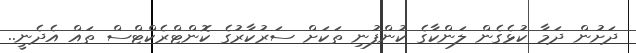
ދަށުން ދަމާ ކުޅެގެން ލަންކާގެ ކުންފުނި ތަކަށް ސަރުކާރުގެ ކޮންޓްރެކްޓްސް ތައް އެދެނީ..